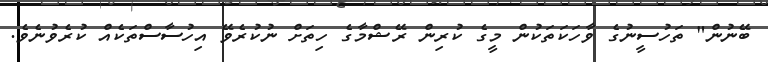
ބޭނުން" ތަހުސީނުގެ ވާހަކަތަކުން މީގެ ކުރިން ރޭޝްމާގެ ހިތަށް ނުކުރެވޭ އިހުސާސްތަކެއް ކުރެވުނެވެ.